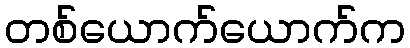
တစ်ယောက်ယောက်က